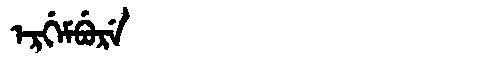
Manchu: ᡝᡵᡤᡝᠮᠪᡠᡵᡝ
Romanization: ERGEMBURE